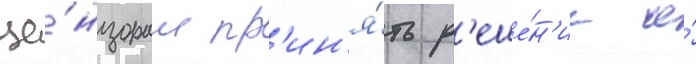
це́нзорам пр'ин'я́ть р'еше́н'ие о́